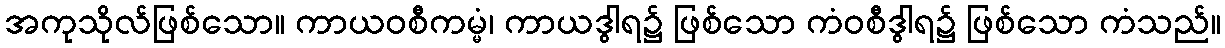
အကုသိုလ်ဖြစ်သော။ ကာယဝစီကမ္မံ၊ ကာယဒွါရ၌ ဖြစ်သော ကံဝစီဒွါရ၌ ဖြစ်သော ကံသည်။